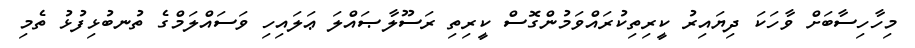
މިހާހިސާބަށް ވާހަކަ ދިޔައިރު ކީރިތިކުރައްވަމުންގޮސް ކީރިތި ރަސޫލާޞައްލަ ޢަލައިހި ވަސައްލަމްގެ ތުނބުޅިފުޅު ތެމި